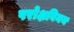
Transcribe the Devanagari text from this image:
परोक्षविनय